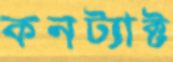
কনট্যাক্ট